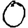
Digit: 0